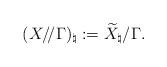
LaTeX: \begin{align*} (X/\!/ \Gamma)_\natural : = \widetilde{X}_\natural/\Gamma.\end{align*}